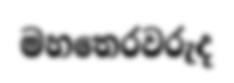
මහතෙරවරුද